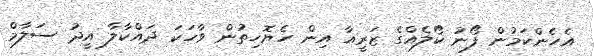
އެހެންކަމުން ފޯނު ކޯލެއްގެ ޒަރީއާ އިން ހެޔޮހިތުން ވާހަކަ ދައްކާލާ އީދު ސަލާމް